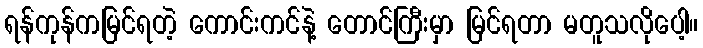
ရန်ကုန်ကမြင်ရတဲ့ ကောင်းကင်နဲ့ တောင်ကြီးမှာ မြင်ရတာ မတူသလိုပေါ့။